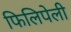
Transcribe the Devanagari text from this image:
फिलिपेली